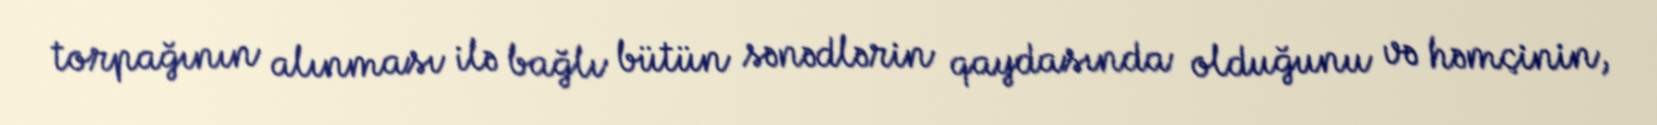
torpağının alınması ilə bağlı bütün sənədlərin qaydasında olduğunu və həmçinin,